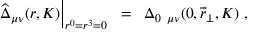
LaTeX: \left. \widehat { \Delta } _ { \mu \nu } ( r , K ) \right| _ { r ^ { 0 } = r ^ { 3 } = 0 } \; \; = \; \; \Delta _ { 0 \; \; \mu \nu } ( 0 , \vec { r } _ { \perp } , K ) \; ,